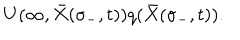
LaTeX: U ( \infty , { \bar { X } } ( \sigma _ { - } , t ) ) q ( { \bar { X } } ( \sigma _ { - } , t ) ) .